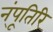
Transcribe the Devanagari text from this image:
न्ंपूतिरि